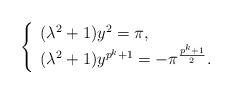
LaTeX: \begin{align*}\left\{ \begin{array}{ll} (\lambda^2+1)y^2=\pi, \\ (\lambda^2+1)y^{p^k+1}=-\pi^{\frac{p^k+1}{2}}. \end{array}\right.\end{align*}